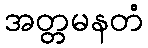
အတ္တမနတံ